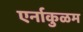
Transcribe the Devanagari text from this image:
एर्नाकुळम